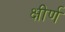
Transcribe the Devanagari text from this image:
क्षीर्ण